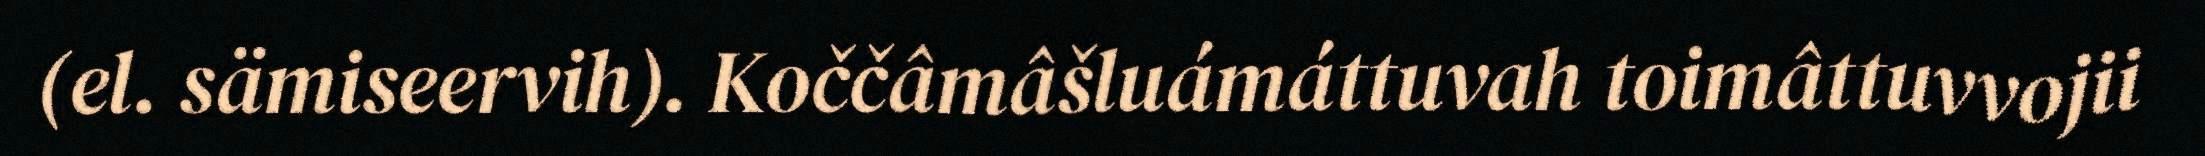
(el. sämiseervih). Koččâmâšluámáttuvah toimâttuvvojii